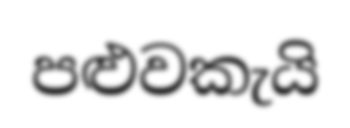
පළුවකැයි